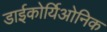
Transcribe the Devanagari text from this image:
डाईकोर्यिओनिक